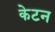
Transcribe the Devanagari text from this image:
केटन